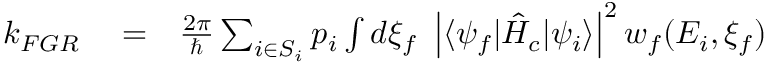
\begin{array} { r l r } { k _ { F G R } } & { { } = } & { \frac { 2 \pi } { \hbar } \sum _ { i \in S _ { i } } p _ { i } \int d \xi _ { f } \ \left| \langle \psi _ { f } | \hat { H } _ { c } | \psi _ { i } \rangle \right| ^ { 2 } w _ { f } ( E _ { i } , \xi _ { f } ) } \end{array}